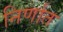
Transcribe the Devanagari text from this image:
निर्णात